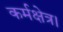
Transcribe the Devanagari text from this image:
कर्मक्षेत्र।